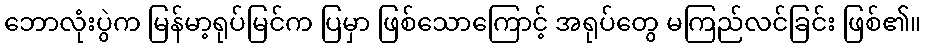
ဘောလုံးပွဲက မြန်မာ့ရုပ်မြင်က ပြမှာ ဖြစ်သောကြောင့် အရုပ်တွေ မကြည်လင်ခြင်း ဖြစ်၏။